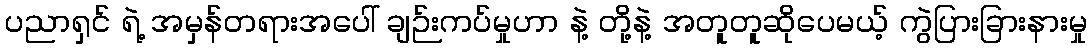
ပညာရှင် ရဲ့ အမှန်တရားအပေါ် ချဉ်းကပ်မှုဟာ နဲ့ တို့နဲ့ အတူတူဆိုပေမယ့် ကွဲပြားခြားနားမှု